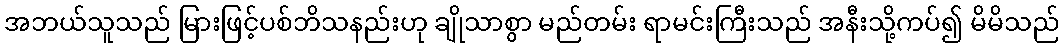
အဘယ်သူသည် မြားဖြင့်ပစ်ဘိသနည်းဟု ချိုသာစွာ မည်တမ်း ရာမင်းကြီးသည် အနီးသို့ကပ်၍ မိမိသည်